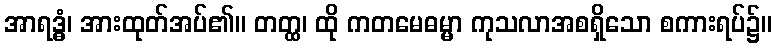
အာရဒ္ဓံ၊ အားထုတ်အပ်၏။ တတ္ထ၊ ထို ကတမေဓမ္မာ ကုသလာအစရှိသော စကားရပ်၌။